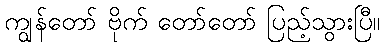
ကျွန်တော် ဗိုက် တော်တော် ပြည့်သွားပြီ။